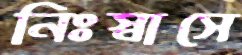
নিঃস্বাসে